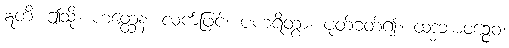
ဣတိ၊ ဤသို့။ ဟတ္ထေန၊ လက်ဖြင့်။ ပဟရိတွာ၊ ပုတ်ခတ်၍။ ထဒ္ဓဘာဝဉ္စေဝ၊